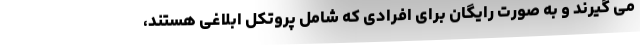
می گیرند و به صورت رایگان برای افرادی که شامل پروتکل ابلاغی هستند،